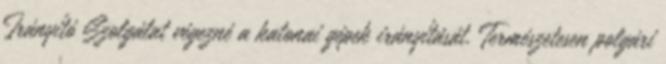
Irányító Szolgálat végezné a katonai gépek irányítását. Természetesen polgári